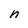
Character: n